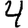
Digit: 4